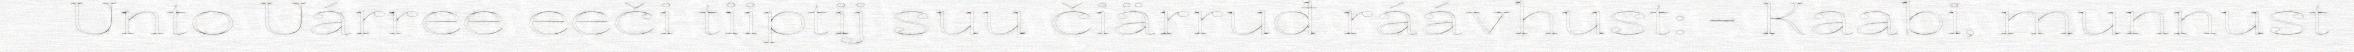
Unto Uárree eeči tiiptij suu čiärruđ ráávhust: - Kaabi, munnust